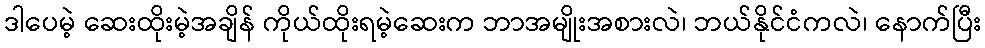
ဒါပေမဲ့ ဆေးထိုးမဲ့အချိန် ကိုယ်ထိုးရမဲ့ဆေးက ဘာအမျိုးအစားလဲ၊ ဘယ်နိုင်ငံကလဲ၊ နောက်ပြီး